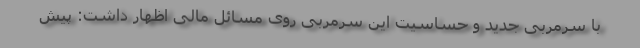
با سرمربی جدید و حساسیت این سرمربی روی مسائل مالی اظهار داشت: پیش